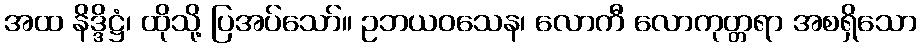
အထ နိဒ္ဒိဋ္ဌံ၊ ထိုသို့ ပြအပ်သော်။ ဥဘယဝသေန၊ လောကီ လောကုတ္တရာ အစရှိသော